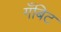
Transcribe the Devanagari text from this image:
गँबिट